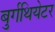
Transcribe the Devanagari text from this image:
बुर्गथियेटर